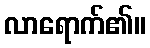
လာရောက်၏။